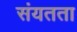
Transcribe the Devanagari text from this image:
संयतता